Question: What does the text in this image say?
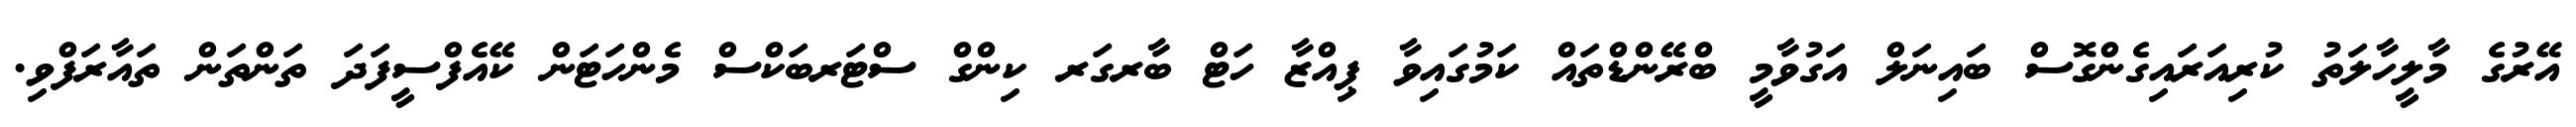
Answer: އޭރުގެ މާލީހާލަތު ކުރިއަރައިގެންގޮސް ބައިނަލް އަގުވާމީ ބްރޭންޑްތައް ކަމުގައިވާ ޕިއްޒާ ހަޓް ބާރގަރ ކިންގް ސްޓަރބަކްސް މެންހަޓަން ކޭއެފްސީފަދަ ތަންތަން ތައާރަފްވި.